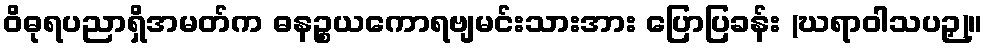
ဝိဓုရပညာရှိအမတ်က ဓနဉ္စယကောရဗျမင်းသားအား ပြောပြခန်း (ဃရာဝါသပဉှ)။